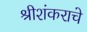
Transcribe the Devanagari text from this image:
श्रीशंकराचे